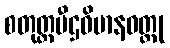
စတုတ္ထပီဌဝိမာနဝတ္ထု